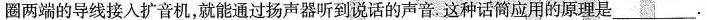
圈两端的导线接人扩音机，就能通过扬声器听到说话的声音，这种话筒应用的原理是___.